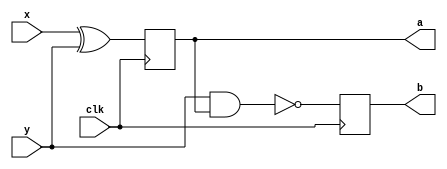
// Copyright (C) 1991-2010 Altera Corporation
// Your use of Altera Corporation's design tools, logic functions 
// and other software and tools, and its AMPP partner logic 
// functions, and any output files from any of the foregoing 
// (including device programming or simulation files), and any 
// associated documentation or information are expressly subject 
// to the terms and conditions of the Altera Program License 
// Subscription Agreement, Altera MegaCore Function License 
// Agreement, or other applicable license agreement, including, 
// without limitation, that your use is for the sole purpose of 
// programming logic devices manufactured by Altera and sold by 
// Altera or its authorized distributors.  Please refer to the 
// applicable agreement for further details.

// PROGRAM		"Quartus II"
// VERSION		"Version 10.0 Build 218 06/27/2010 SJ Web Edition"
// CREATED		"Fri Sep 27 16:43:39 2019"

module wafe(
	x,
	y,
	clk,
	a,
	b
);


input wire	x;
input wire	y;
input wire	clk;
output wire	a;
output reg	b;

reg	DFF_inst4;
wire	SYNTHESIZED_WIRE_0;
wire	SYNTHESIZED_WIRE_1;

assign	a = DFF_inst4;



assign	SYNTHESIZED_WIRE_0 = x ^ y;

assign	SYNTHESIZED_WIRE_1 = ~(y & DFF_inst4);


always@(posedge clk)
begin
	begin
	DFF_inst4 = SYNTHESIZED_WIRE_0;
	end
end


always@(posedge clk)
begin
	begin
	b = SYNTHESIZED_WIRE_1;
	end
end


endmodule